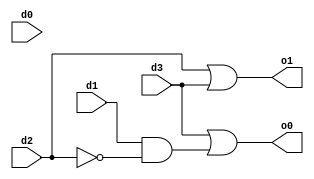
module encoder (d0,d1,d2,d3, o0,o1);
input d0, d1, d2, d3;
output o0,o1;

assign o0  = d3 | (d1 & ~d2);
assign o1 = d2 | d3;

endmodule